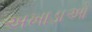
અખાડાઓ